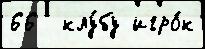
66  клу́бу игро́к